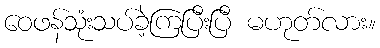
ဝေဖန်သုံးသပ်ခဲ့ကြပြီးပြီ မဟုတ်လား။